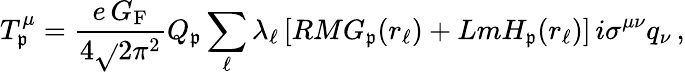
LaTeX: T_{\mathfrak{p}}^{\mu}=\frac{{e\, G_{\mathrm{{F}}}}}{{4\sqrt{}{{2}}\pi^{2}}}Q_{\mathfrak{p}}\sum_{\ell}\lambda_{\ell}\, [RMG_{\mathfrak{p}}(r_{\ell})+LmH_{\mathfrak{p}}(r_{\ell})]\, i\sigma^{\mu\nu}q_{\nu}\, ,